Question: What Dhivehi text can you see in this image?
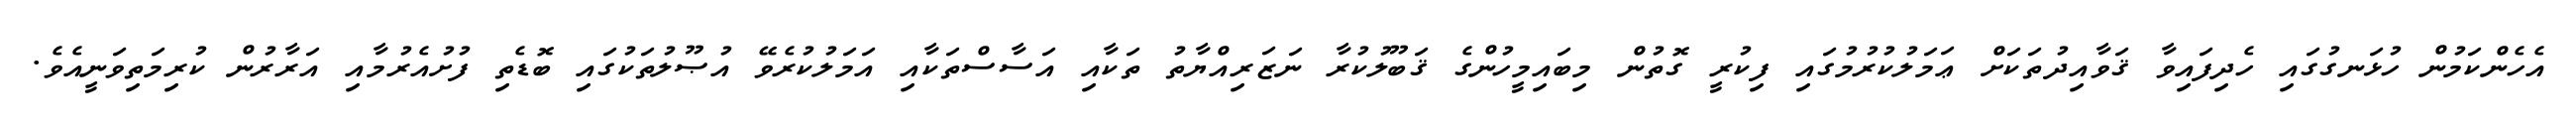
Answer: އެހެންކަމުން ހުޅަނގުގައި ހެދިފައިވާ ޤަވާއިދުތަކަށް ޢަމަލުކުރުމުގައި ފިކުރީ ގޮތުން މިބައިމީހުންގެ ޤަބޫލުކުރާ ނަޒަރިއްޔާތު ތަކާއި އަސާސްތަކާއި އަމަލުކުރެވޭ އުޞޫލުތަކުގައި ބޮޑެތި ފުށުއެރުމާއި އަރާރުން ކުރިމަތިވަނީއެވެ.